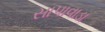
સાપાવાડા